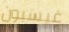
غيسبون